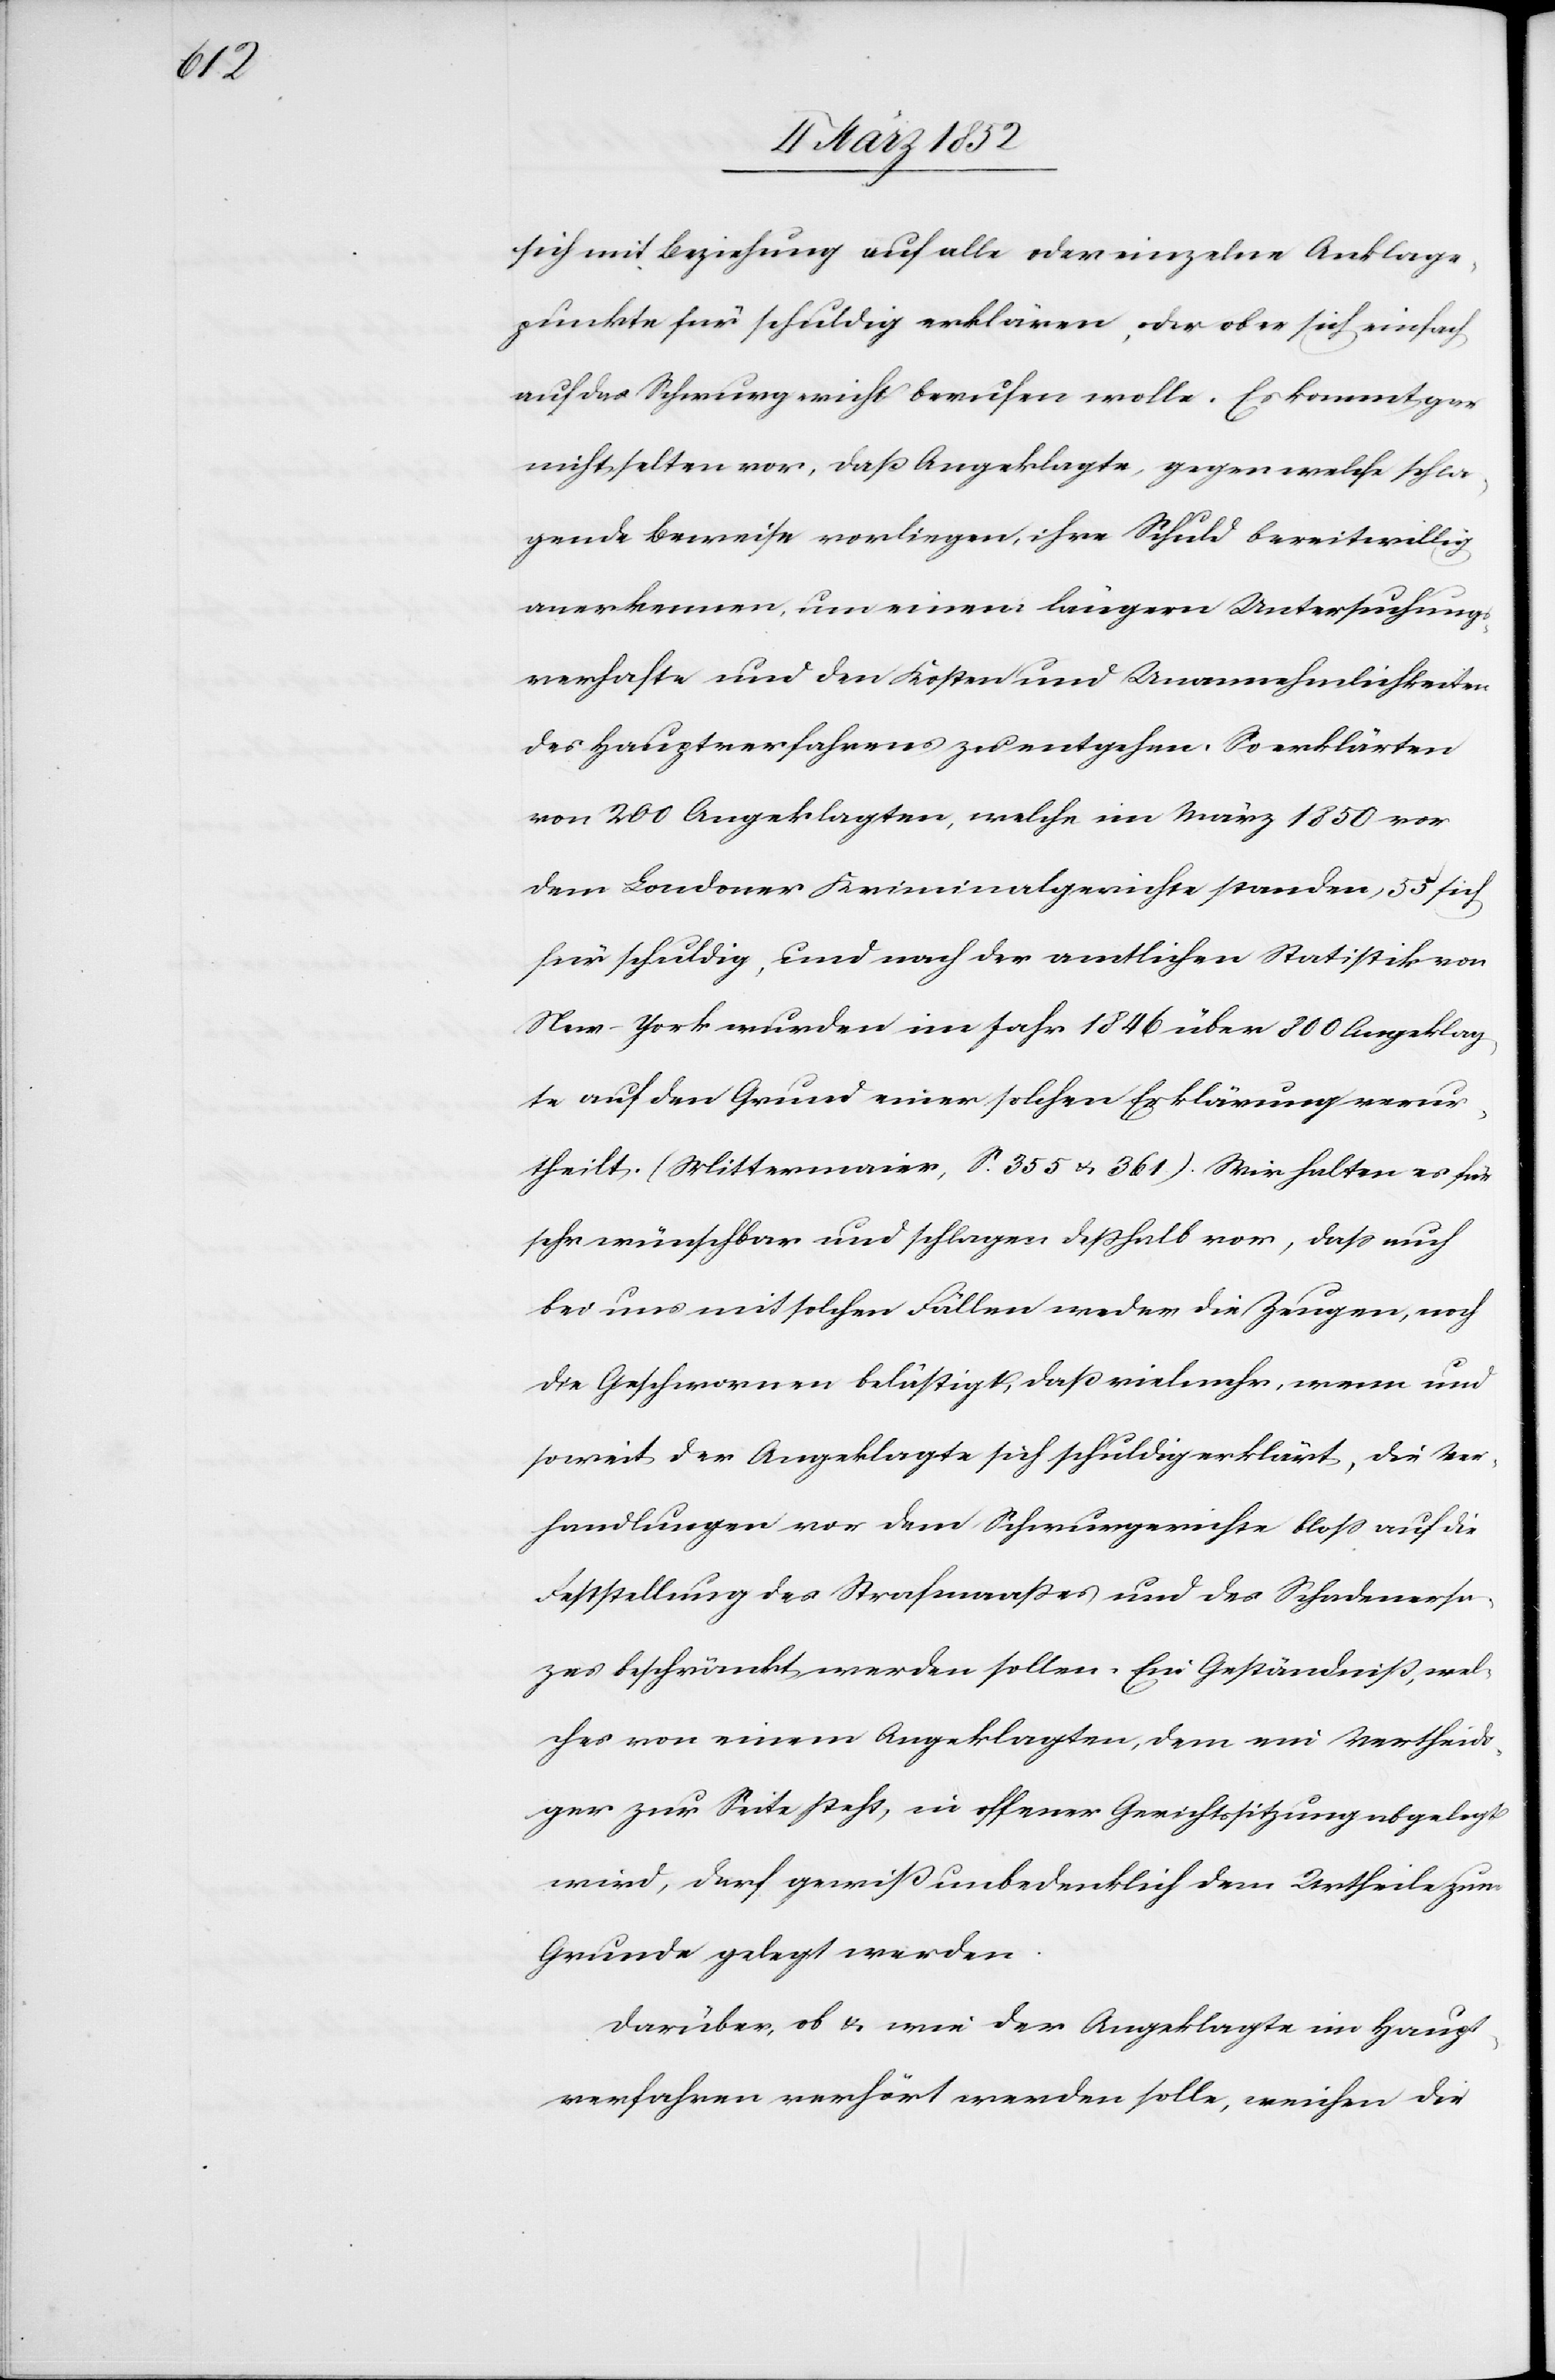
sich mit Beziehung auf alle oder einzelne Anklage¬
punkte für schuldig erklären, oder ob er sich einfach
auf das Schwurgericht berufen wolle. Es kommt gar
nicht selten vor, daß Angeklagte, gegen welche schla¬
gende Beweise vorliegen, ihre Schuld bereitwillig
anerkennen, um einem längern Untersuchungs¬
verhafte und den Kosten und Unannehmlichkeiten
des Hauptverfahrens zu entgehen. So erklärten
von 200 Angeklagten, welche im März 1850 vor
dem Londoner Kriminalgerichte standen, 55 sich
für schuldig, und nach der amtlichen Statistik von
New-York wurden im Jahr 1846 über 800 Angeklag¬
te auf den Grund einer solchen Erklärung verur¬
theilt. (Mittermaier, S. 355 u. 361). Wir halten es für
sehr wünschbar und schlagen deßhalb vor, daß auch
bei uns mit solchen Fällen weder die Zeugen, noch
die Geschwornen belästigt, daß vielmehr, wenn und
soweit der Angeklagte sich schuldig erklärt, die Ver¬
handlungen vor dem Schwurgerichte bloß auf die
Feststellung des Strafmaßes und des Schadenma¬
ßes beschränkt werden sollen. Ein Geständniß, wel¬
ches von einem Angeklagten, dem ein Vertheid¬
iger zur Seite steht, in offener Gerichtssitzung abgelegt
wird, darf gewiß unbedenklich dem Urtheile zum
Grunde gelegt werden.
Darüber ob u. wie der Angeklagte im Haupt¬
verfahren verhört werden solle, weichen die